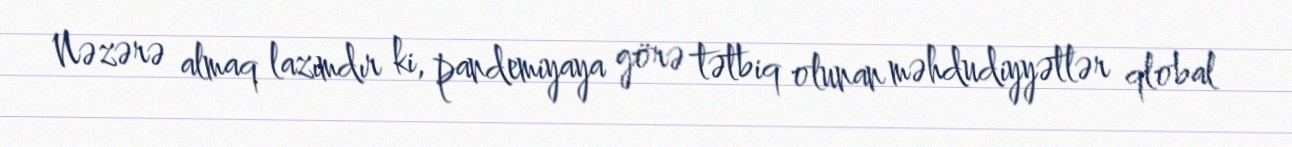
Nəzərə almaq lazımdır ki, pandemiyaya görə tətbiq olunan məhdudiyyətlər qlobal